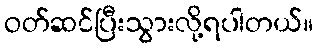
ဝတ်ဆင်ပြီးသွားလို့ရပါတယ်။